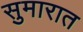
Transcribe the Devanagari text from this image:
सुमारात